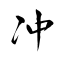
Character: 冲